Vaccination report Assam 1896-1927 - 1896-1927
Year: 1896
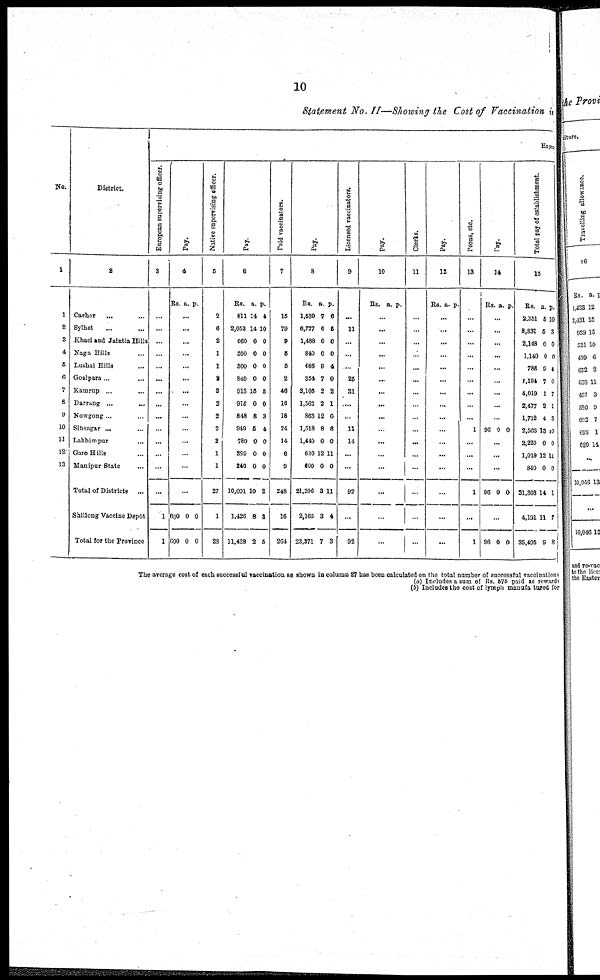
10
Statement No. II—Showing the Cost of Vaccination is
No.
1
1
2
8
4
5
6
7
8
9
10
11
12
13
District.
2
Cachar
... ...
Sylhet ... ...
Khasi and Jaintia Hills
Naga Hills ...
Lushai Hills ...
Goalpara ... ...
Kamrup ... ...
Darrang ...
...
Nowgong ... ...
Sibsagar ... ...
Lakhimpur ...
Garo Hills ... ...
Manipur State ...
Total of Districts ...
Shillong Vaccine Depôt
Total for the Province
Expen
European supervising officer.
3
...
...
...
...
...
...
...
...
...
...
...
...
...
...
1
1
Pay.
4
Re. a. p.
...
...
...
...
...
...
...
...
...
...
...
...
...
...
600
600
0
0
0
0
Native supervising officer.
5
2
6
2
1
1
8
3
2
2
3
2
1
1
27
1
28
Pay.
6
Rs.
811
2,053
660
300
800
840
913
915
848
949
780
389
240
10,001
1,426
11,428
a.
14
14
0
0
0
0
15
0
8
5
0
0
0
10
8
2
p.
4
10
0
0
0
0
5
0
3
4
0
0
0
2
8
5
Paid vaccinators.
7
15
79
9
5
5
2
46
16
18
24
14
6
9
248
16
264
Pay.
8
Rs.
1,639
6,777
1,488
840
486
354
3,105
1,563
863
1,518
1,440
630
600
21,206
2,165
28,371
a.
7
6
0
0
9
7
2
2
12
8
0
12
0
3
3
7
p.
6
5
0
0
4
0
2
1
0
6
0
11
0
11
4
3
Licensed vaccinators.
9
...
11
...
...
...
25
31
...
...
11
14
...
...
92
...
92
Pay.
10
Rs. a. p.
...
...
...
...
...
...
...
...
...
...
...
...
...
...
...
...
Clerks.
11
...
...
...
...
...
...
...
...
...
...
...
...
...
...
...
...
Pay.
12
Rs. a. p.
...
...
...
...
...
...
...
...
...
...
...
...
...
...
...
...
Peons, etc.
13
...
...
...
...
...
...
...
...
...
1
...
...
...
1
...
1
Pay.
14
Rs. a. p.
...
...
...
...
...
...
...
...
...
96 9 0
...
...
...
96 0 0
...
96 0 0
Total pay of establishment.
15
Rs.
2,351
8,831
2,148
1,140
786
1,194
4,019
2,477
1,718
2,563
2,220
1,019
840
31,308
4,191
35,495
a.
5
5
0
0
0
7
1
2
4
13
0
12
0
14
11
9
p.
10
3
0
0
4
0
7
1
3
10
0
11
0
1
7
8
The average cost of each successful vaccination as shown in column 27 has been calculated on the total number of successful vaccinations
(a) Includes a sum of Rs. 575 paid as rewards
(b) Includes the cost of lymph manufactured for